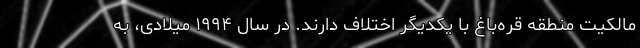
مالکیت منطقه قره‌باغ با یکدیگر اختلاف دارند. در سال ۱۹۹۴ میلادی، به